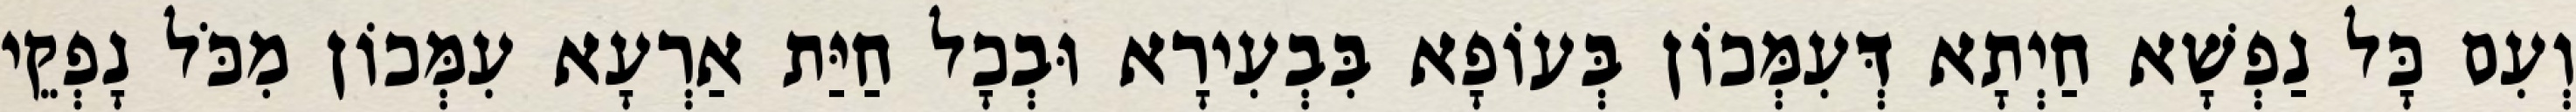
וְעִם כָּל נַפְשָׁא חַיְתָא דְּעִמְּכוֹן בְּעוֹפָא בִּבְעִירָא וּבְכָל חַיַּת אַרְעָא עִמְּכוֹן מִכֹּל נָפְקֵי